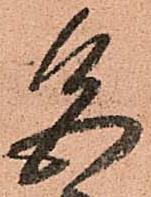
色